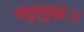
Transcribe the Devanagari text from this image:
चतुर्मुखः।।